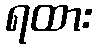
ရထား